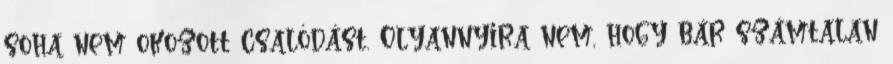
soha nem okozott csalódást. Olyannyira nem, hogy bár számtalan